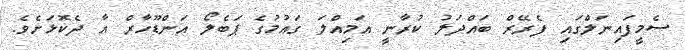
ސެމީފައިނަލްގައި ފެރޭރް ބައްދަލު ކުރާނީ އަމިއްލަ ގައުމުގެ ޕަބެލޯ އަންޑޫހާރް އާ ދެކޮޅަށެވެ.